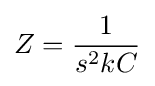
Z={\frac {1}{s^{2}kC}}